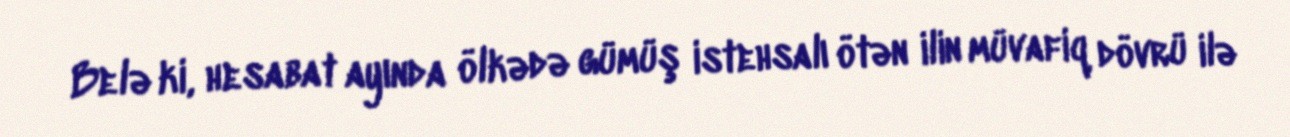
Belə ki, hesabat ayında ölkədə gümüş istehsalı ötən ilin müvafiq dövrü ilə